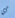
أي